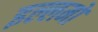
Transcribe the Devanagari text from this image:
इल्लमों